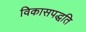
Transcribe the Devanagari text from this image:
विकासपद्धति